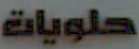
حلويات